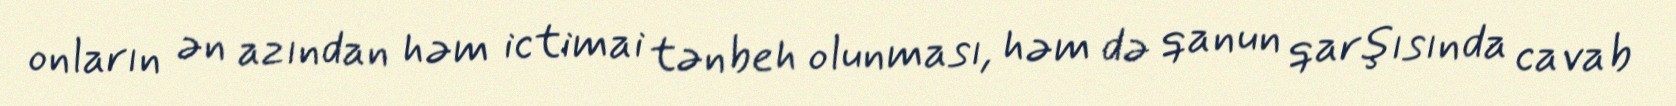
onların ən azından həm ictimai tənbeh olunması, həm də qanun qarşısında cavab